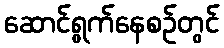
ဆောင်ရွက်နေစဉ်တွင်